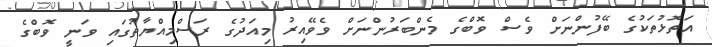
އަތޮޅުތަކުގެ ބޭފުންނަށް ވެސް ވޮބްގެ މެންބަރުންނަށް ވެވޭއިރު މިއަދުގެ ރަސްމިއްޔާތުގައި ވަނީ ވޮބްގެ